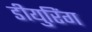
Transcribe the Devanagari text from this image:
डीयुरिंग